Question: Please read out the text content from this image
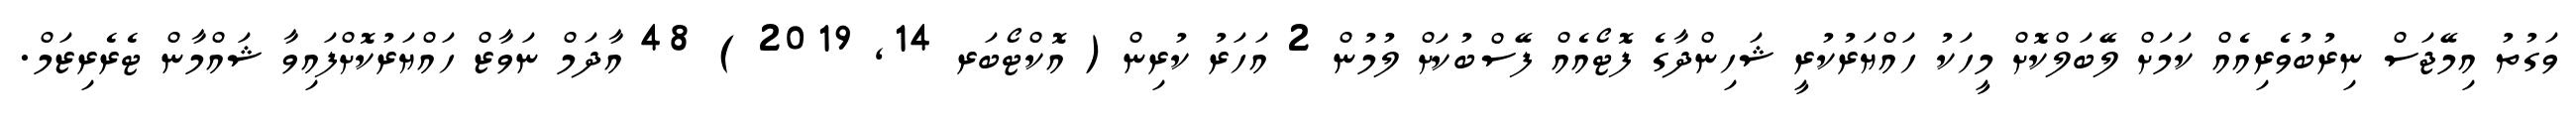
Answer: ވަގުތު އިމޭޖަސް ނިރުބުވެރިއެއް ކަމަށް ލޭބަލްކޮށް މީހަކު ހައްޔަރުކުރީ ޝަހިންދާގެ ފޮޓޯއެއް ފޭސްބުކަށް ލުމުން 2 އަހަރު ކުރިން ( އޮކްޓޯބަރ 14, 2019 ) 48 އާދަމް ނަވާޒް ހައްޔަރުކޮށްފައިވާ ޝައްމާން ޓެރެރިޒަމް.